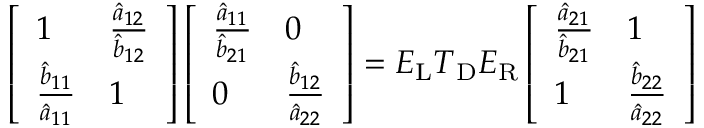
\left[ \begin{array} { l l } { 1 } & { \frac { \hat { a } _ { 1 2 } } { \hat { b } _ { 1 2 } } } \\ { \frac { \hat { b } _ { 1 1 } } { \hat { a } _ { 1 1 } } } & { 1 } \end{array} \right] \left[ \begin{array} { l l } { \frac { \hat { a } _ { 1 1 } } { \hat { b } _ { 2 1 } } } & { 0 } \\ { 0 } & { \frac { \hat { b } _ { 1 2 } } { \hat { a } _ { 2 2 } } } \end{array} \right] = \boldsymbol { E } _ { \mathrm { L } } \boldsymbol { T } _ { \mathrm { D } } \boldsymbol { E } _ { \mathrm { R } } \left[ \begin{array} { l l } { \frac { \hat { a } _ { 2 1 } } { \hat { b } _ { 2 1 } } } & { 1 } \\ { 1 } & { \frac { \hat { b } _ { 2 2 } } { \hat { a } _ { 2 2 } } } \end{array} \right]